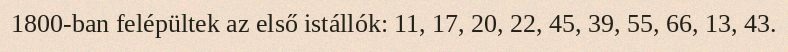
1800-ban felépültek az első istállók: 11, 17, 20, 22, 45, 39, 55, 66, 13, 43.